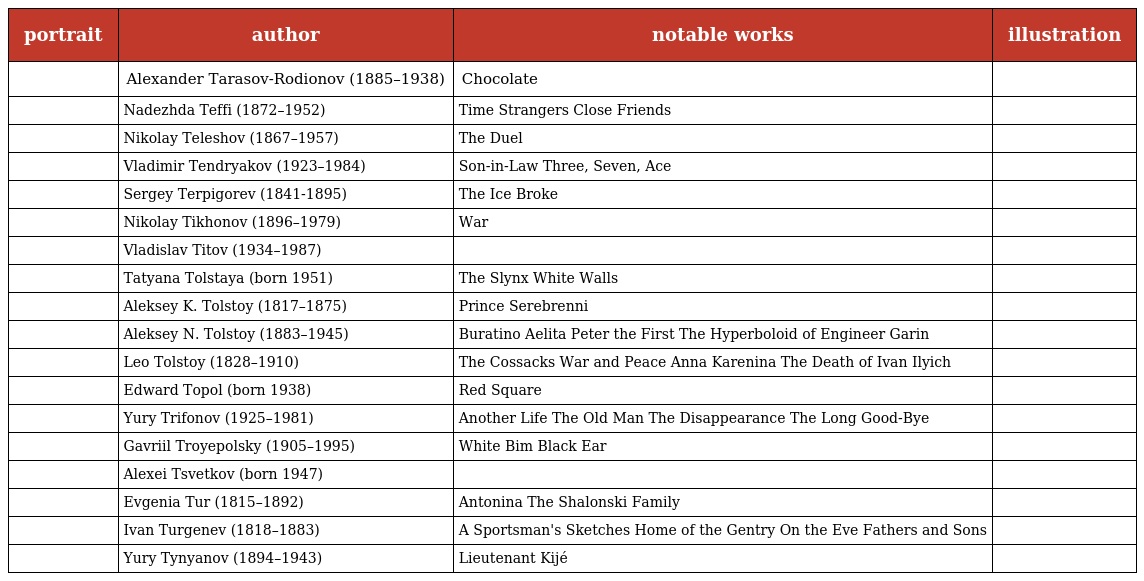
| portrait | author | notable works | illustration |
 | --- | --- | --- | --- |
 |  | Alexander Tarasov-Rodionov (1885–1938) | Chocolate |  |
 |  | Nadezhda Teffi (1872–1952) | Time Strangers Close Friends |  |
 |  | Nikolay Teleshov (1867–1957) | The Duel |  |
 |  | Vladimir Tendryakov (1923–1984) | Son-in-Law Three, Seven, Ace |  |
 |  | Sergey Terpigorev (1841-1895) | The Ice Broke |  |
 |  | Nikolay Tikhonov (1896–1979) | War |  |
 |  | Vladislav Titov (1934–1987) |  |  |
 |  | Tatyana Tolstaya (born 1951) | The Slynx White Walls |  |
 |  | Aleksey K. Tolstoy (1817–1875) | Prince Serebrenni |  |
 |  | Aleksey N. Tolstoy (1883–1945) | Buratino Aelita Peter the First The Hyperboloid of Engineer Garin |  |
 |  | Leo Tolstoy (1828–1910) | The Cossacks War and Peace Anna Karenina The Death of Ivan Ilyich |  |
 |  | Edward Topol (born 1938) | Red Square |  |
 |  | Yury Trifonov (1925–1981) | Another Life The Old Man The Disappearance The Long Good-Bye |  |
 |  | Gavriil Troyepolsky (1905–1995) | White Bim Black Ear |  |
 |  | Alexei Tsvetkov (born 1947) |  |  |
 |  | Evgenia Tur (1815–1892) | Antonina The Shalonski Family |  |
 |  | Ivan Turgenev (1818–1883) | A Sportsman's Sketches Home of the Gentry On the Eve Fathers and Sons |  |
 |  | Yury Tynyanov (1894–1943) | Lieutenant Kijé |  |